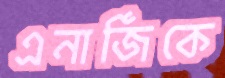
এনার্জিকে